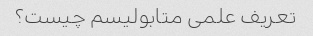
تعریف علمی متابولیسم چیست؟